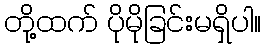
တို့ထက် ပိုမိုခြင်းမရှိပါ။